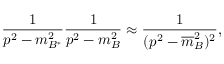
{ \frac { 1 } { p ^ { 2 } - m _ { B ^ { \ast } } ^ { 2 } } } { \frac { 1 } { p ^ { 2 } - m _ { B } ^ { 2 } } } \approx { \frac { 1 } { ( p ^ { 2 } - { \overline { { m } } } _ { B } ^ { 2 } ) ^ { 2 } } } ,